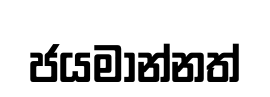
ජයමාන්නත්